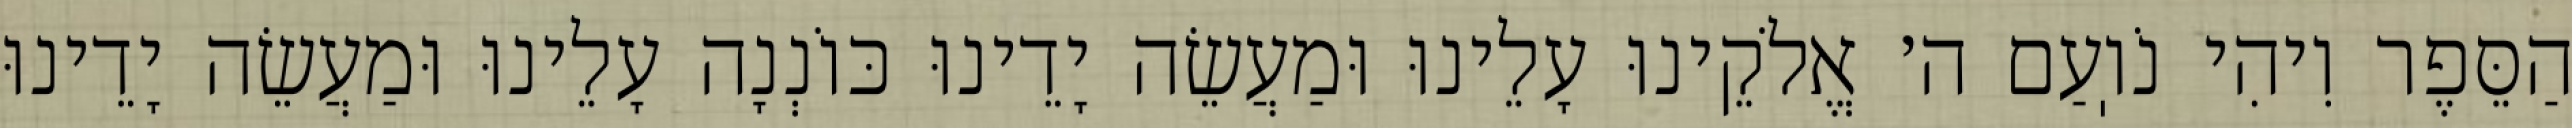
הַסֵּפֶר וִיהִי נֹוֽעַם ה׳ אֱלֹקֵינוּ עָלֵינוּ וּמַעֲשֵׂה יָדֵינוּ כּוֹנְנָה עָלֵינוּ וּמַעֲשֵׂה יָדֵינוּ